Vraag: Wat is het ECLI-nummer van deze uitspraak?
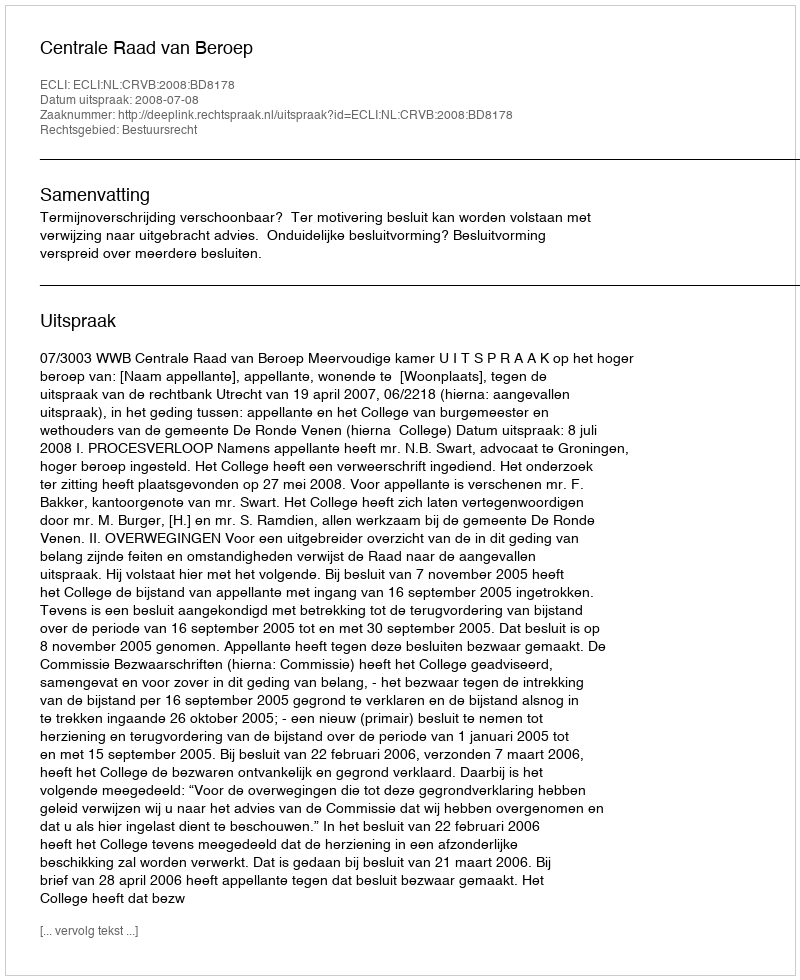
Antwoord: ECLI:NL:CRVB:2008:BD8178